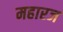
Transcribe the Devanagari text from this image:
महारज